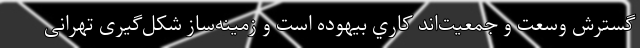
گسترش وسعت و جمعیت‌اند كاري بيهوده است و زمينه‌ساز شکل‌گیری تهرانی